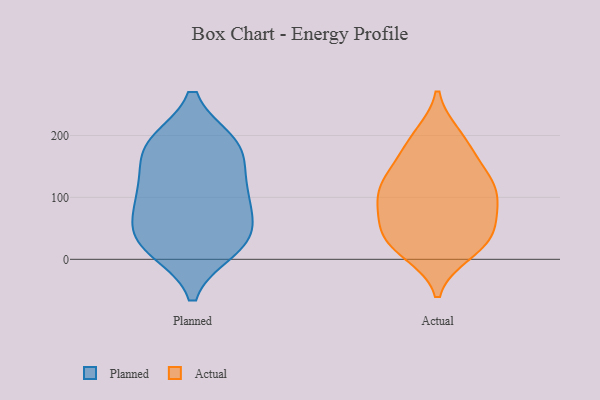
{"axis": {"x": "Active Users", "y": "Value"}, "legend": ["Actual", "Planned"], "data": [{"x": "", "y": 183, "type": "Planned"}, {"x": "", "y": 109, "type": "Planned"}, {"x": "", "y": 182, "type": "Planned"}, {"x": "", "y": 50, "type": "Planned"}, {"x": "", "y": 30, "type": "Planned"}, {"x": "", "y": 44, "type": "Planned"}, {"x": "", "y": 20, "type": "Planned"}, {"x": "", "y": 105, "type": "Planned"}, {"x": "", "y": 87, "type": "Planned"}, {"x": "", "y": 187, "type": "Planned"}, {"x": "", "y": 178, "type": "Planned"}, {"x": "", "y": 122, "type": "Planned"}, {"x": "", "y": 17, "type": "Planned"}, {"x": "", "y": 168, "type": "Actual"}, {"x": "", "y": 40, "type": "Actual"}, {"x": "", "y": 96, "type": "Actual"}, {"x": "", "y": 166, "type": "Actual"}, {"x": "", "y": 123, "type": "Actual"}, {"x": "", "y": 199, "type": "Actual"}, {"x": "", "y": 132, "type": "Actual"}, {"x": "", "y": 12, "type": "Actual"}, {"x": "", "y": 33, "type": "Actual"}, {"x": "", "y": 71, "type": "Actual"}, {"x": "", "y": 65, "type": "Actual"}, {"x": "", "y": 86, "type": "Actual"}, {"x": "", "y": 107, "type": "Actual"}, {"x": "", "y": 44, "type": "Actual"}, {"x": "", "y": 10, "type": "Actual"}, {"x": "", "y": 200, "type": "Actual"}, {"x": "", "y": 27, "type": "Actual"}, {"x": "", "y": 123, "type": "Actual"}, {"x": "", "y": 115, "type": "Actual"}]}